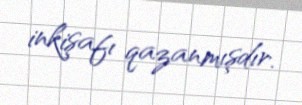
inkişafı qazanmışdır.